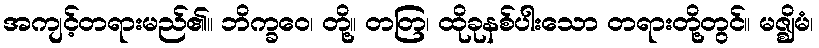
အကျင့်တရားမည်၏။ ဘိက္ခဝေ၊ တို့။ တတြ၊ ထိုခုနစ်ပါးသော တရားတို့တွင်။ မဇ္ဈိမံ၊